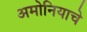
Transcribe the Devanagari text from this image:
अमोनियाचे